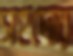
সহদোর